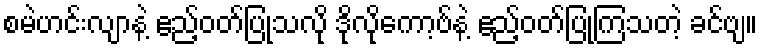
စမဲဟင်းလျာနဲ့ ဧည့်ဝတ်ပြုသလို ဒိုလိုကော့ဗ်နဲ့ ဧည့်ဝတ်ပြုကြသတဲ့ ခင်ဗျ။